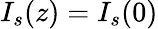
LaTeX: I_{s}(z)=I_{s}(0)